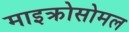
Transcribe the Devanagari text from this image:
माइक्रोसोमल